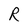
Character: R